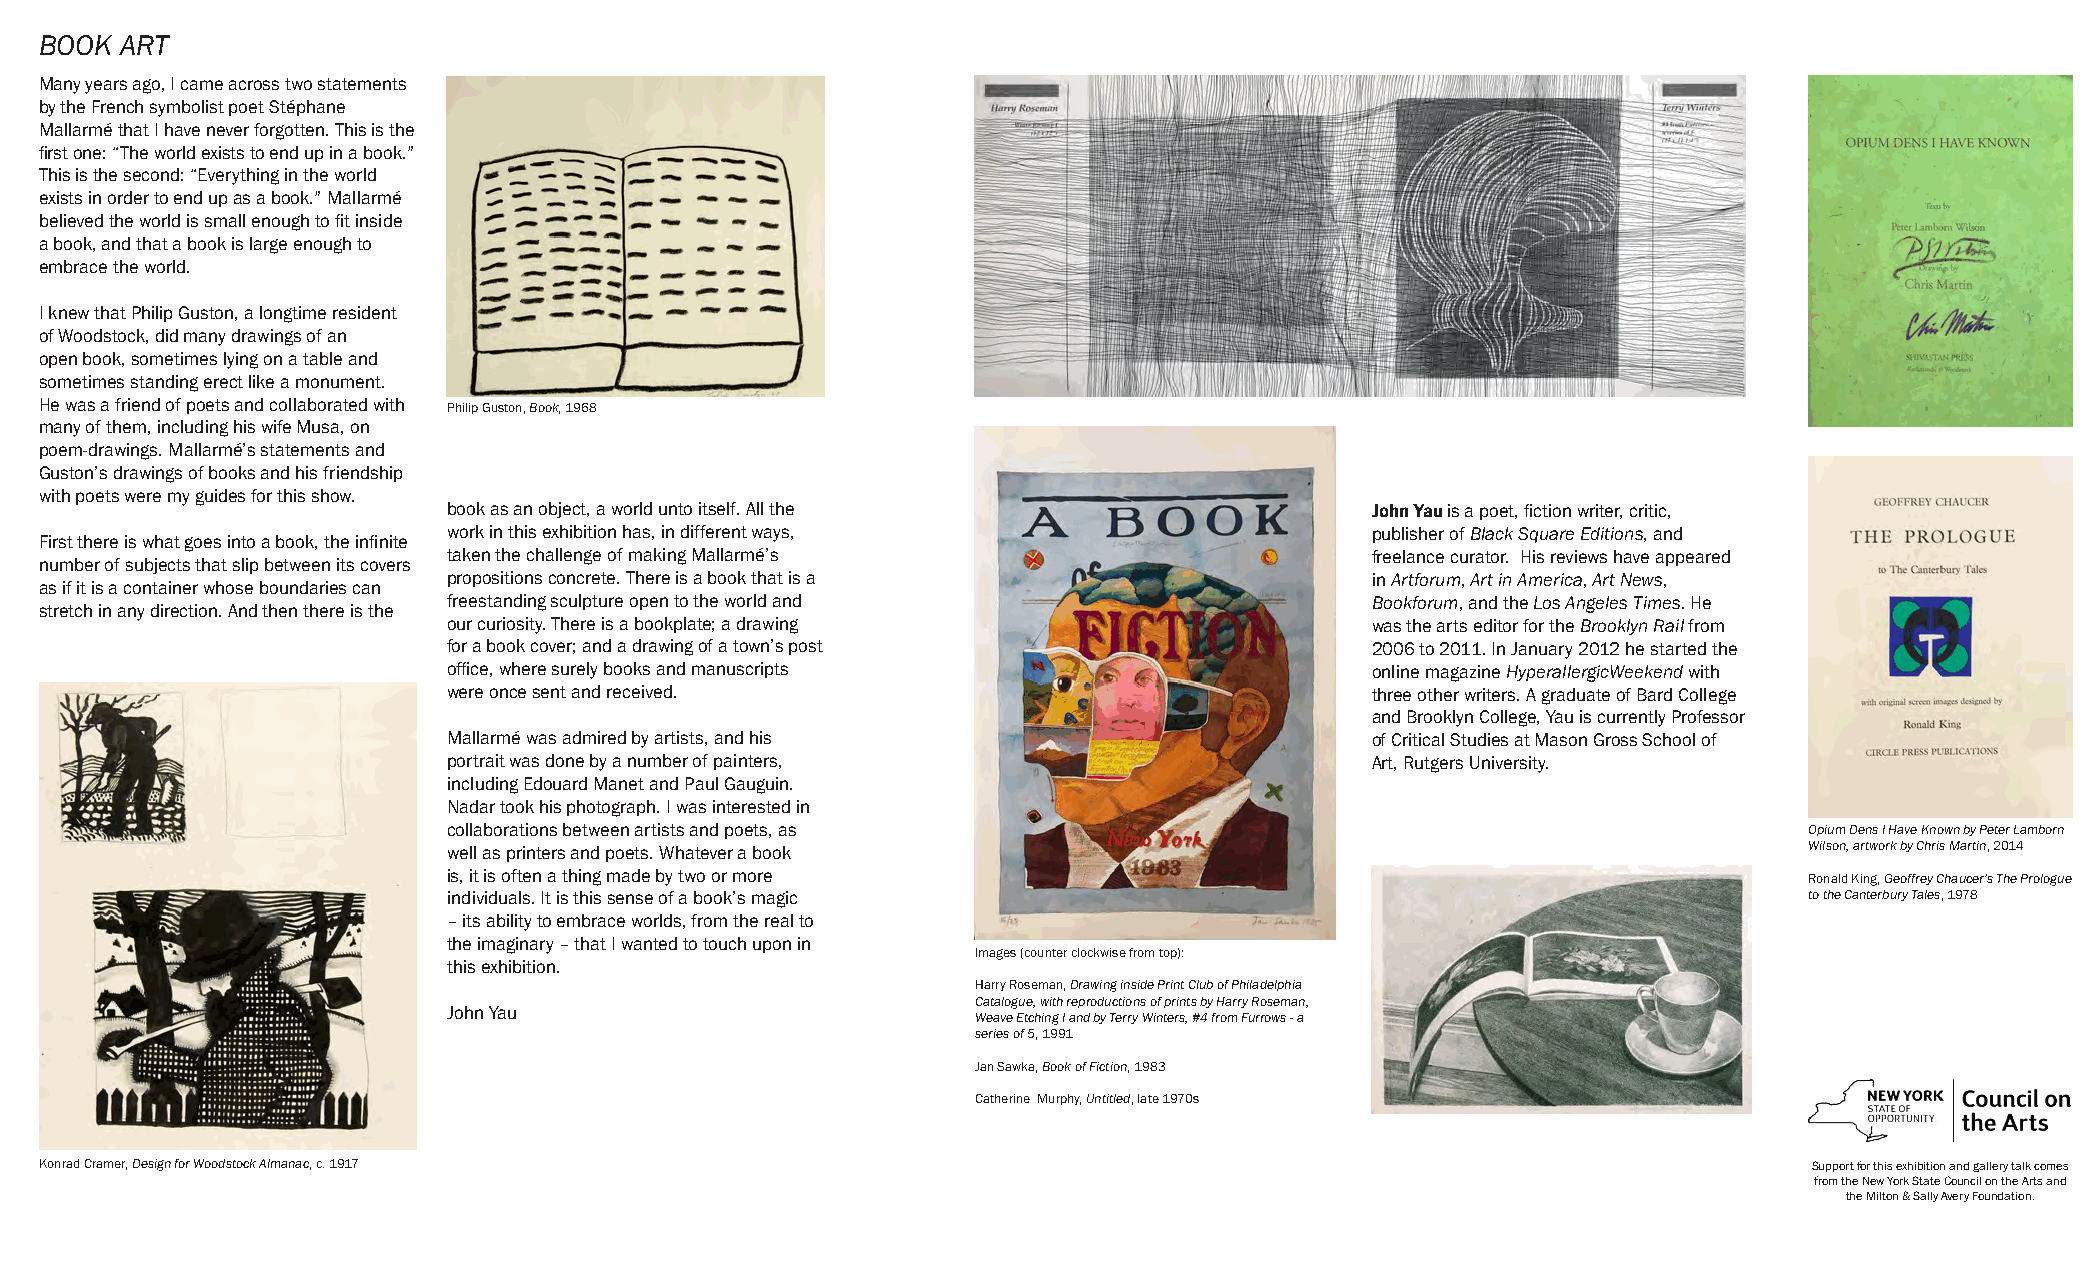
BOOK ART
 Many years ago, I came across two statements
 by the French symbolist poet Stéphane
 Mallarmé that I have never forgotten. This is the
 first one: “The world exists to end up in a book.”
 This is the second: “Everything in the world
 exists in order to end up as a book.” Mallarmé
 believed the world is small enough to fit inside
 a book, and that a book is large enough to
 embrace the world.
 I knew that Philip Guston, a longtime resident
 of Woodstock, did many drawings of an
 open book, sometimes lying on a table and
 sometimes standing erect like a monument.
 He was a friend of poets and collaborated with Philip Guston, Book, 1968
 many of them, including his wife Musa, on
 poem-drawings. Mallarmé’s statements and
 Guston’s drawings of books and his friendship
 with poets were my guides for this show.
 book as an object, a world unto itself. All the              John Yau is a poet, fiction writer, critic,
 work in this exhibition has, in different ways,              publisher of Black Square Editions, and
 First there is what goes into a book, the infinite
 taken the challenge of making Mallarmé’s                     freelance curator. His reviews have appeared
 number of subjects that slip between its covers
 propositions concrete. There is a book that is a             in Artforum, Art in America, Art News,
 as if it is a container whose boundaries can
 freestanding sculpture open to the world and                 Bookforum, and the Los Angeles Times. He
 stretch in any direction. And then there is the
 our curiosity. There is a bookplate; a drawing               was the arts editor for the Brooklyn Rail from
 for a book cover; and a drawing of a town’s post             2006 to 2011. In January 2012 he started the
 office, where surely books and manuscripts                   online magazine HyperallergicWeekend with
 were once sent and received.                                 three other writers. A graduate of Bard College
 and Brooklyn College, Yau is currently Professor
 Mallarmé was admired by artists, and his                     of Critical Studies at Mason Gross School of
 portrait was done by a number of painters,                   Art, Rutgers University.
 including Edouard Manet and Paul Gauguin.
 Nadar took his photograph. I was interested in
 collaborations between artists and poets, as                                              Opium Dens I Have Known by Peter Lamborn
 well as printers and poets. Whatever a book                                               Wilson, artwork by Chris Martin, 2014
 is, it is often a thing made by two or more                                               Ronald King, Geoffrey Chaucer’s The Prologue
 individuals. It is this sense of a book’s magic                                           to the Canterbury Tales, 1978
 – its ability to embrace worlds, from the real to
 the imaginary – that I wanted to touch upon in
 Images (counter clockwise from top):
 this exhibition.
 Harry Roseman, Drawing inside Print Club of Philadelphia
 Catalogue, with reproductions of prints by Harry Roseman,
 John Yau
 Weave Etching I and by Terry Winters, #4 from Furrows - a
 series of 5, 1991
 Jan Sawka, Book of Fiction, 1983
 Catherine Murphy, Untitled, late 1970s
 Konrad Cramer, Design for Woodstock Almanac, c. 1917                                                                 Support for this exhibition and gallery talk comes
 from the New York State Council on the Arts and
 the Milton & Sally Avery Foundation.